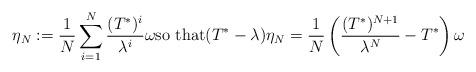
LaTeX: \begin{align*} \eta_N := \frac 1 N\sum_{i=1}^N \frac{(T^{*})^i} {\lambda^i} \omega \textrm{so that} (T^*-\lambda)\eta_N = \frac 1 N \left( \frac{(T^{*})^{N+1}}{\lambda^N} - T^* \right) \omega\end{align*}